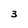
Character: 3